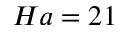
H a = 2 1